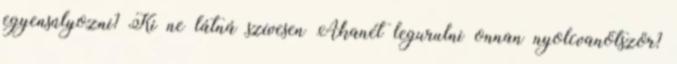
egyensúlyozni? Ki ne látná szívesen Akanét legurulni onnan nyolcvanötször?